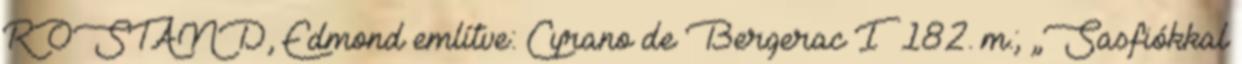
ROSTAND, Edmond említve: Cyrano de Bergerac I 182. m.; „Sasfiókkal